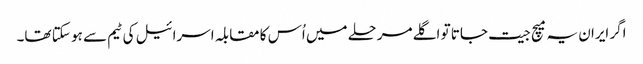
اگر ایران یہ میچ جیت جاتا تو اگلے مرحلے میں اُس کا مقابلہ اسرائیل کی ٹیم سے ہو سکتا تھا۔